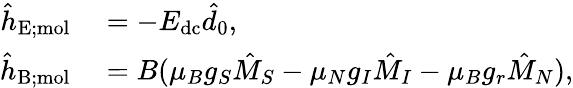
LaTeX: \begin{array}{rl}{\hat{h}_{\mathrm{E;mol}}}&{{}=-E_{\mathrm{dc}}\hat{d}_{0},}\\ {\hat{h}_{\mathrm{B;mol}}}&{{}=B(\mu_{B}g_{S}\hat{M}_{S}-\mu_{N}g_{I}\hat{M}_{I}-\mu_{B}g_{r}\hat{M}_{N}),}\end{array}